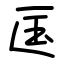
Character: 匤